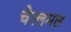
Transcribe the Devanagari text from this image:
चेल्लमल